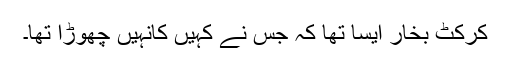
کرکٹ بخار ایسا تھا کہ جس نے کہیں کانہیں چھوڑا تھا۔